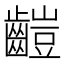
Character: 䶣